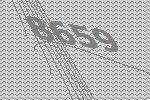
8659